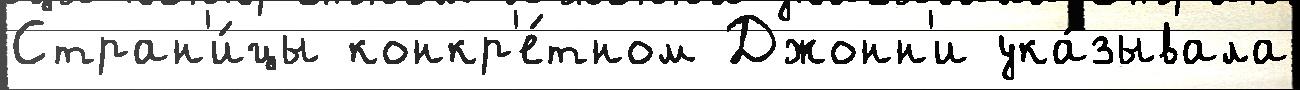
Стран'и́цы конкр'е́тном Джонн'и ука́зывала